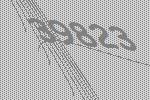
39823